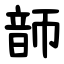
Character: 韴